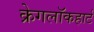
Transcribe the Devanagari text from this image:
क्रेगलॉकहार्ट